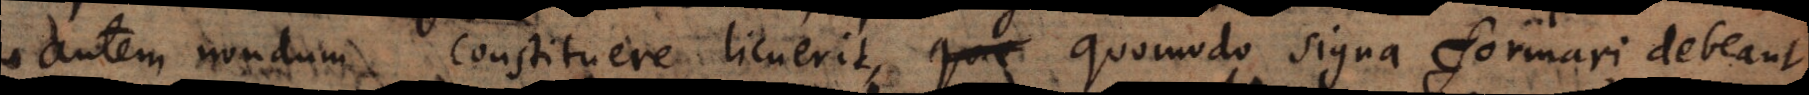
autem nondum constituere licuerit, quomodo signa formari debeant